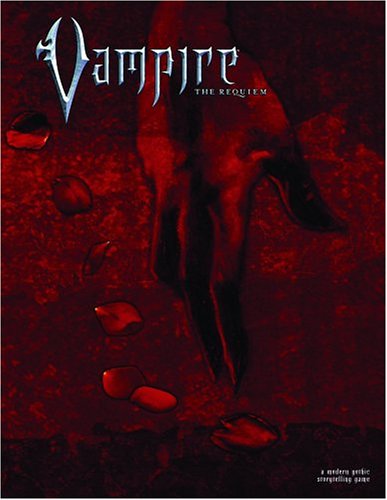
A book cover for Vampire: The Requiem: A Modern Gothic Storytelling Game; Ari Marmell; Science Fiction & Fantasy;